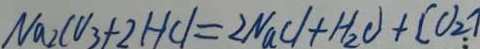
N a _ { 2 } C O _ { 3 } + 2 H C l = 2 N a C l + H _ { 2 } O + C O _ { 2 } \uparrow